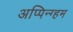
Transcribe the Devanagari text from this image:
अप्पिन्ग्हम